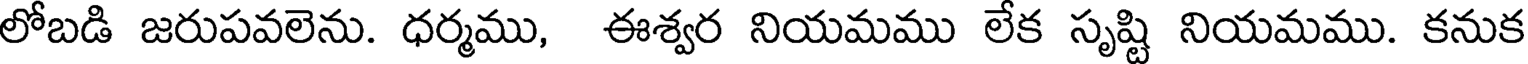
లోబడి జరుపవలెను. ధర్మము, ఈశ్వర నియమము లేక సృష్టి నియమము. కనుక